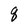
Character: q